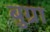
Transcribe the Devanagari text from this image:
बुग्रा